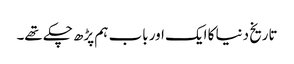
تاریخ دنیا کا ایک اور باب ہم پڑھ چکے تھے۔